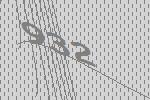
932